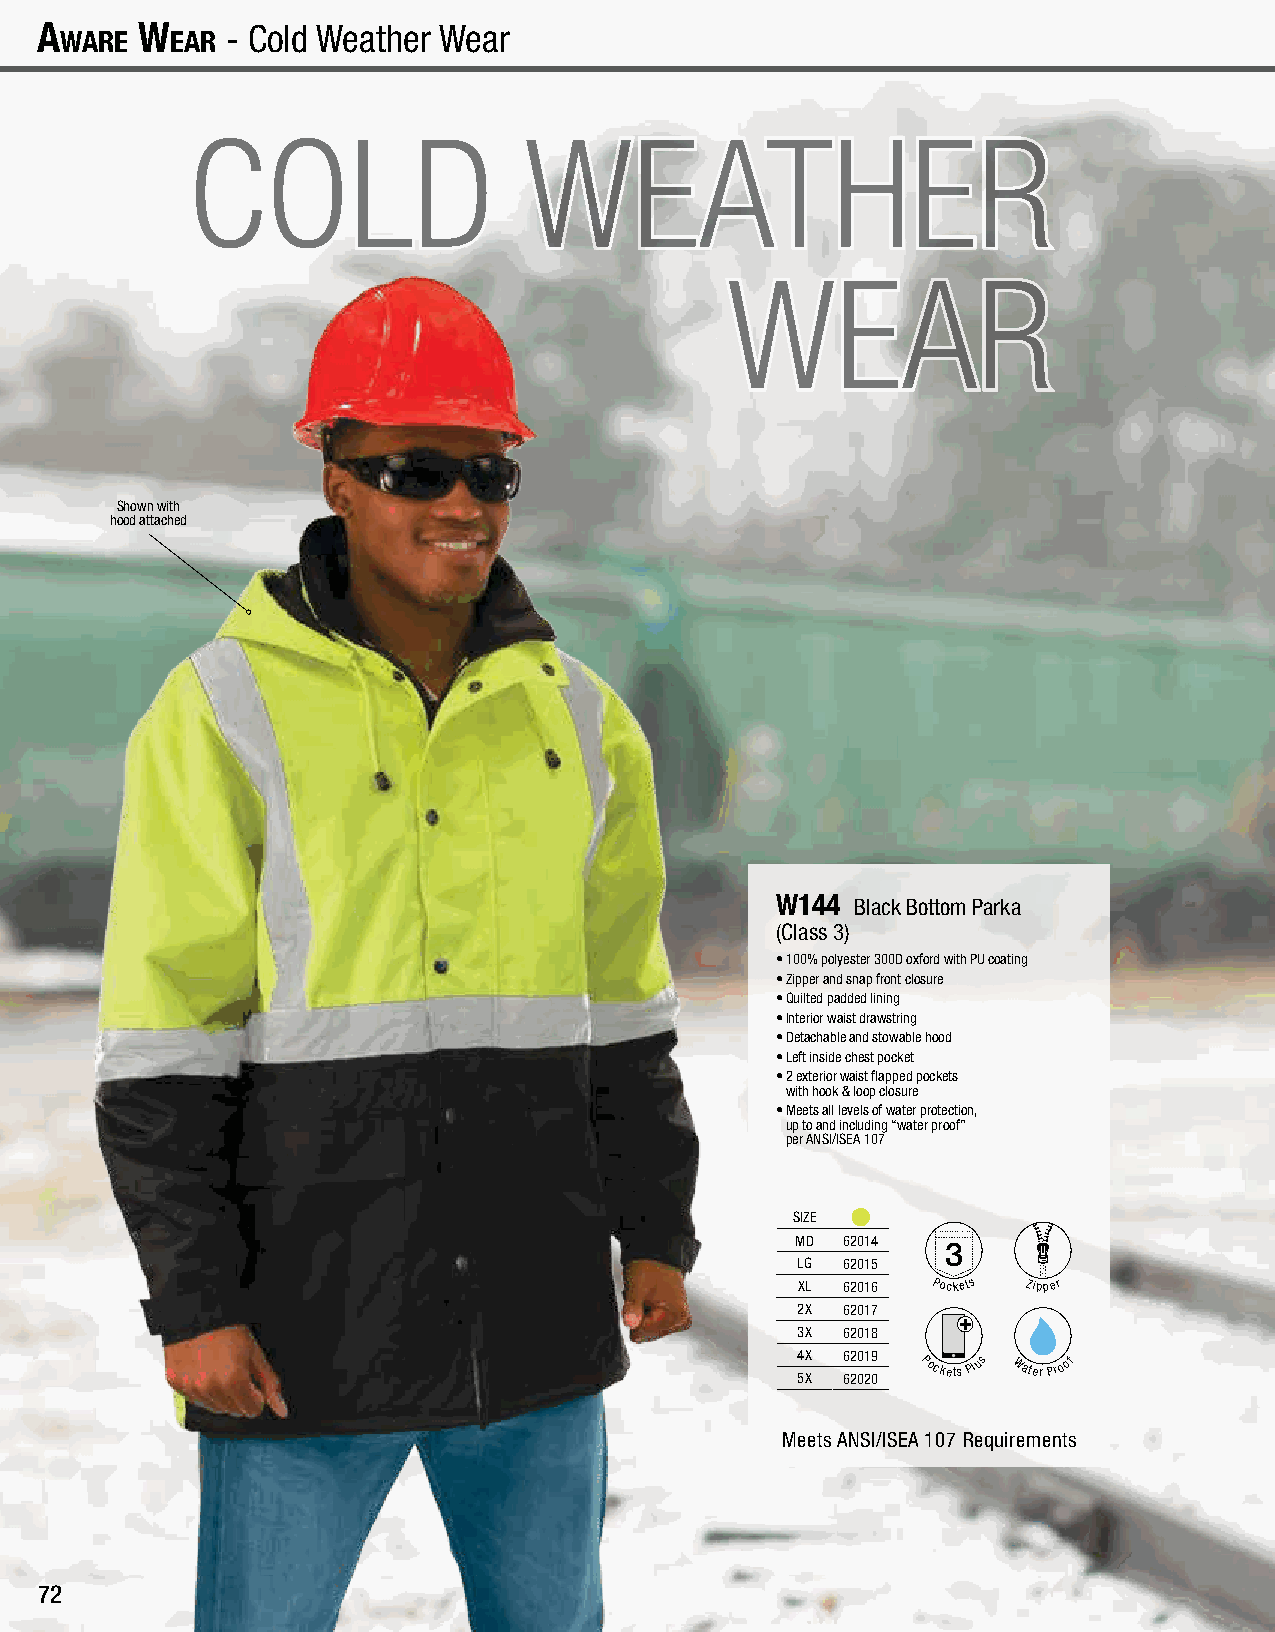
A
 wAre
 w
 eAr
 - Cold Weather Wear                                                                Cold Weather Wear - A
 wAre
 w
 eAr
 COLD                   WEATHER
 WEAR
 Shown with
 hood attached
 W144  Black Bottom Parka
 (Class 3)
 • 100% polyester 300D oxford with PU coating
 • Zipper and snap front closure
 • Quilted padded lining
 • Interior waist drawstring
 • Detachable and stowable hood
 • Left inside chest pocket
 • 2 exterior waist flapped pockets
 with hook & loop closure
 • Meets all levels of water protection,
 up to and including “water proof”
 per ANSI/ISEA 107
 SIZE
 MD 62014
 3
 LG 62015
 XL 62016 Pockets Zipper
 2X 62017
 3X 62018
 4 5X
 X
 6 62 20 01 29
 0
 Pockets Plus Water Proof
 Meets ANSI/ISEA 107 Requirements
 72